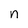
Character: n